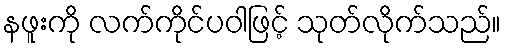
နဖူးကို လက်ကိုင်ပဝါဖြင့် သုတ်လိုက်သည်။